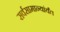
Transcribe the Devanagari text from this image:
सर्वसामान्यांर्यंत